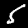
Label: 5